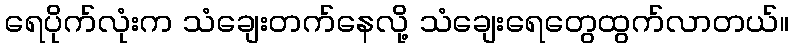
ရေပိုက်လုံးက သံချေးတက်နေလို့ သံချေးရေတွေထွက်လာတယ်။